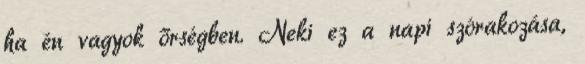
ha én vagyok őrségben. Neki ez a napi szórakozása,